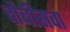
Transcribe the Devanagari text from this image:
चौबीसवा